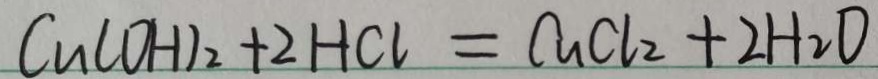
C u ( O H ) _ { 2 } + 2 H C l = C u C l _ { 2 } + 2 H _ { 2 } O